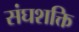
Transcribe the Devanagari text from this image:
संघशक्ति